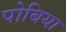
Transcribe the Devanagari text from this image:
पोबिया